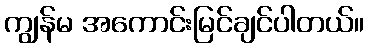
ကျွန်မ အကောင်းမြင်ချင်ပါတယ်။